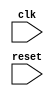
module synchronous_behavior (
    input wire clk,
    input wire reset,
    // other input and output ports
);
  
reg [31:0] counter;

always @ (negedge clk) begin
    if (reset) begin
        // reset actions
        counter <= 0;
    end else begin
        // actions synchronized with falling edge of clock
        counter <= counter + 1;
        // other actions
    end
end

// other logic in the module
endmodule